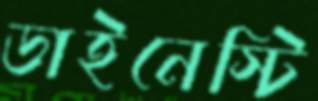
ডাইনেস্টি